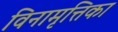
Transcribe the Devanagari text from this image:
विनामृत्तिका